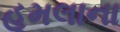
હૂમલાના